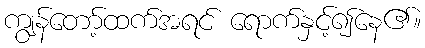
ကျွန်တော့်ထက်အရင် ရောက်နှင့်၍နေ၏။